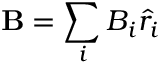
\mathbf { B } = \sum _ { i } B _ { i } \hat { r } _ { i }